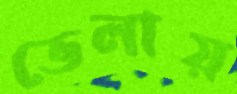
ভেলায়